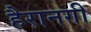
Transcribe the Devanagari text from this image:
हैरानगी